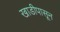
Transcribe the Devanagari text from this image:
खाडीपासून